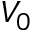
V _ { 0 }